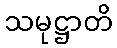
သမုဋ္ဌာတိ